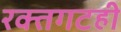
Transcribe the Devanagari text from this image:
रक्तगटही